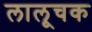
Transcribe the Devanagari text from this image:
लालूचक